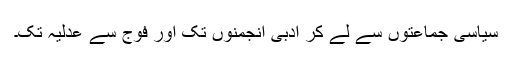
سیاسی جماعتوں سے لے کر ادبی انجمنوں تک اور فوج سے عدلیہ تک۔